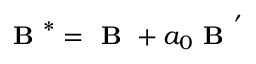
\textbf { B } ^ { * } = \textbf { B } + a _ { 0 } \textbf { B } ^ { ' }